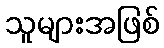
သူများအဖြစ်